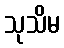
သုသိမ